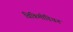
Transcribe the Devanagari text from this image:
विकिमीडियन